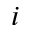
i